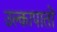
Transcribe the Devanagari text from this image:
उल्कापातों